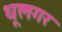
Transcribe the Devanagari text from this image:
धूलगर